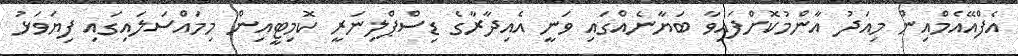
އެފްއޭއެމްއިން މިއަދު އާންމުކޮށްފައިވާ ބަޔާނެއްގައި ވަނީ އެއިދާރާގެ ޑިސްޕްލިނަރީ ކޮމިޓީއިން މިމައްސަލައިގައި ފިޔަވަޅު